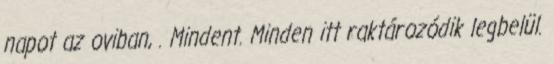
napot az oviban, . Mindent. Minden itt raktározódik legbelül.